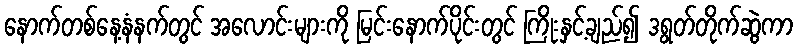
နောက်တစ်နေ့နံနက်တွင် အလောင်းများကို မြင်းနောက်ပိုင်းတွင် ကြိုးနှင့်ချည်၍ ဒရွတ်တိုက်ဆွဲကာ